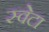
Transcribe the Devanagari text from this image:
स्वेटा